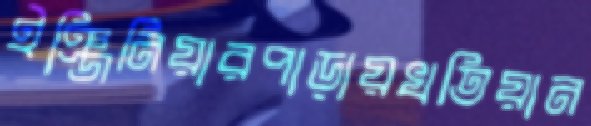
ইঞ্জিনিয়ারপাড়ায়খতিয়ান